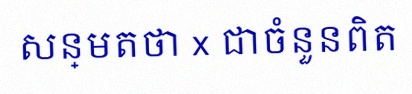
សន្មតថា x ជាចំនួនពិត